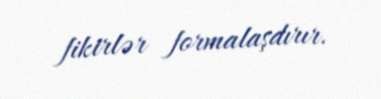
fikirlər formalaşdırır.